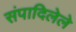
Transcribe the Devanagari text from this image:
संपादिलेले